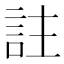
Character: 註